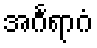
အင်္ဂရာဂံ